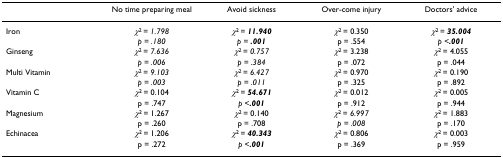
|  | No time preparing meal | Avoid sickness | Over-come injury | Doctors' advice |
 | --- | --- | --- | --- | --- |
 | Iron | χ2 = 1.798 | χ2 = 11.940 | χ2 = 0.350 | χ2 = 35.004 |
 |  | p = .180 | p = .001 | p = .554 | p <.001 |
 | Ginseng | χ2 = 7.636 | χ2 = 0.757 | χ2 = 3.238 | χ2 = 4.055 |
 |  | p = .006 | p = .384 | p = .072 | p = .044 |
 | Multi Vitamin | χ2 = 9.103 | χ2 = 6.427 | χ2 = 0.970 | χ2 = 0.190 |
 |  | p = .003 | p = .011 | p = .325 | p = .892 |
 | Vitamin C | χ2 = 0.104 | χ2 = 54.671 | χ2 = 0.012 | χ2 = 0.005 |
 |  | p = .747 | p <.001 | p = .912 | p = .944 |
 | Magnesium | χ2 = 1.267 | χ2 = 0.140 | χ2 = 6.997 | χ2 = 1.883 |
 |  | p = .260 | p = .708 | p = .008 | p = .170 |
 | Echinacea | χ2 = 1.206 | χ2 = 40.343 | χ2 = 0.806 | χ2 = 0.003 |
 |  | p = .272 | p <.001 | p = .369 | p = .959 |